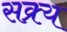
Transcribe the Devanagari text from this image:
सक्र्य